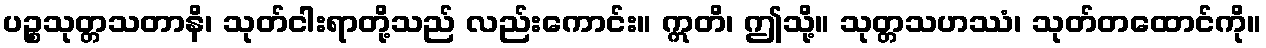
ပဉ္စသုတ္တသတာနိ၊ သုတ်ငါးရာတို့သည် လည်းကောင်း။ ဣတိ၊ ဤသို့။ သုတ္တသဟဿံ၊ သုတ်တထောင်ကို။